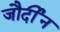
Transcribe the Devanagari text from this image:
जौर्दीन